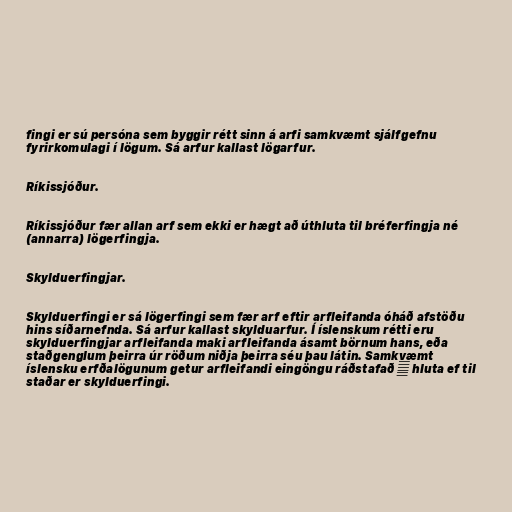
fingi er sú persóna sem byggir rétt sinn á arfi samkvæmt sjálfgefnu
fyrirkomulagi í lögum. Sá arfur kallast lögarfur.

Ríkissjóður.

Ríkissjóður fær allan arf sem ekki er hægt að úthluta til bréferfingja né
(annarra) lögerfingja.

Skylduerfingjar.

Skylduerfingi er sá lögerfingi sem fær arf eftir arfleifanda óháð afstöðu
hins síðarnefnda. Sá arfur kallast skylduarfur. Í íslenskum rétti eru
skylduerfingjar arfleifanda maki arfleifanda ásamt börnum hans, eða
staðgenglum þeirra úr röðum niðja þeirra séu þau látin. Samkvæmt
íslensku erfðalögunum getur arfleifandi eingöngu ráðstafað ⅓ hluta ef til
staðar er skylduerfingi.